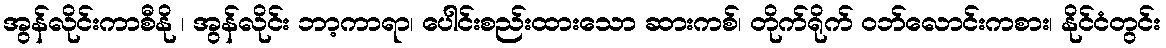
အွန်လိုင်းကာစီနို ၊ အွန်လိုင်း ဘာ့ကာရာ၊ ပေါင်းစည်းထားသော ဆားကစ်၊ တိုက်ရိုက် ဝဘ်လောင်းကစား၊ နိုင်ငံတွင်း